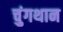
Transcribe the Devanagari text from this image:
चुंगथान